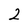
Character: 2